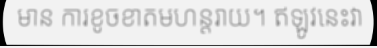
មាន ការខូចខាតមហន្តរាយ។ ឥឡូវនេះវា